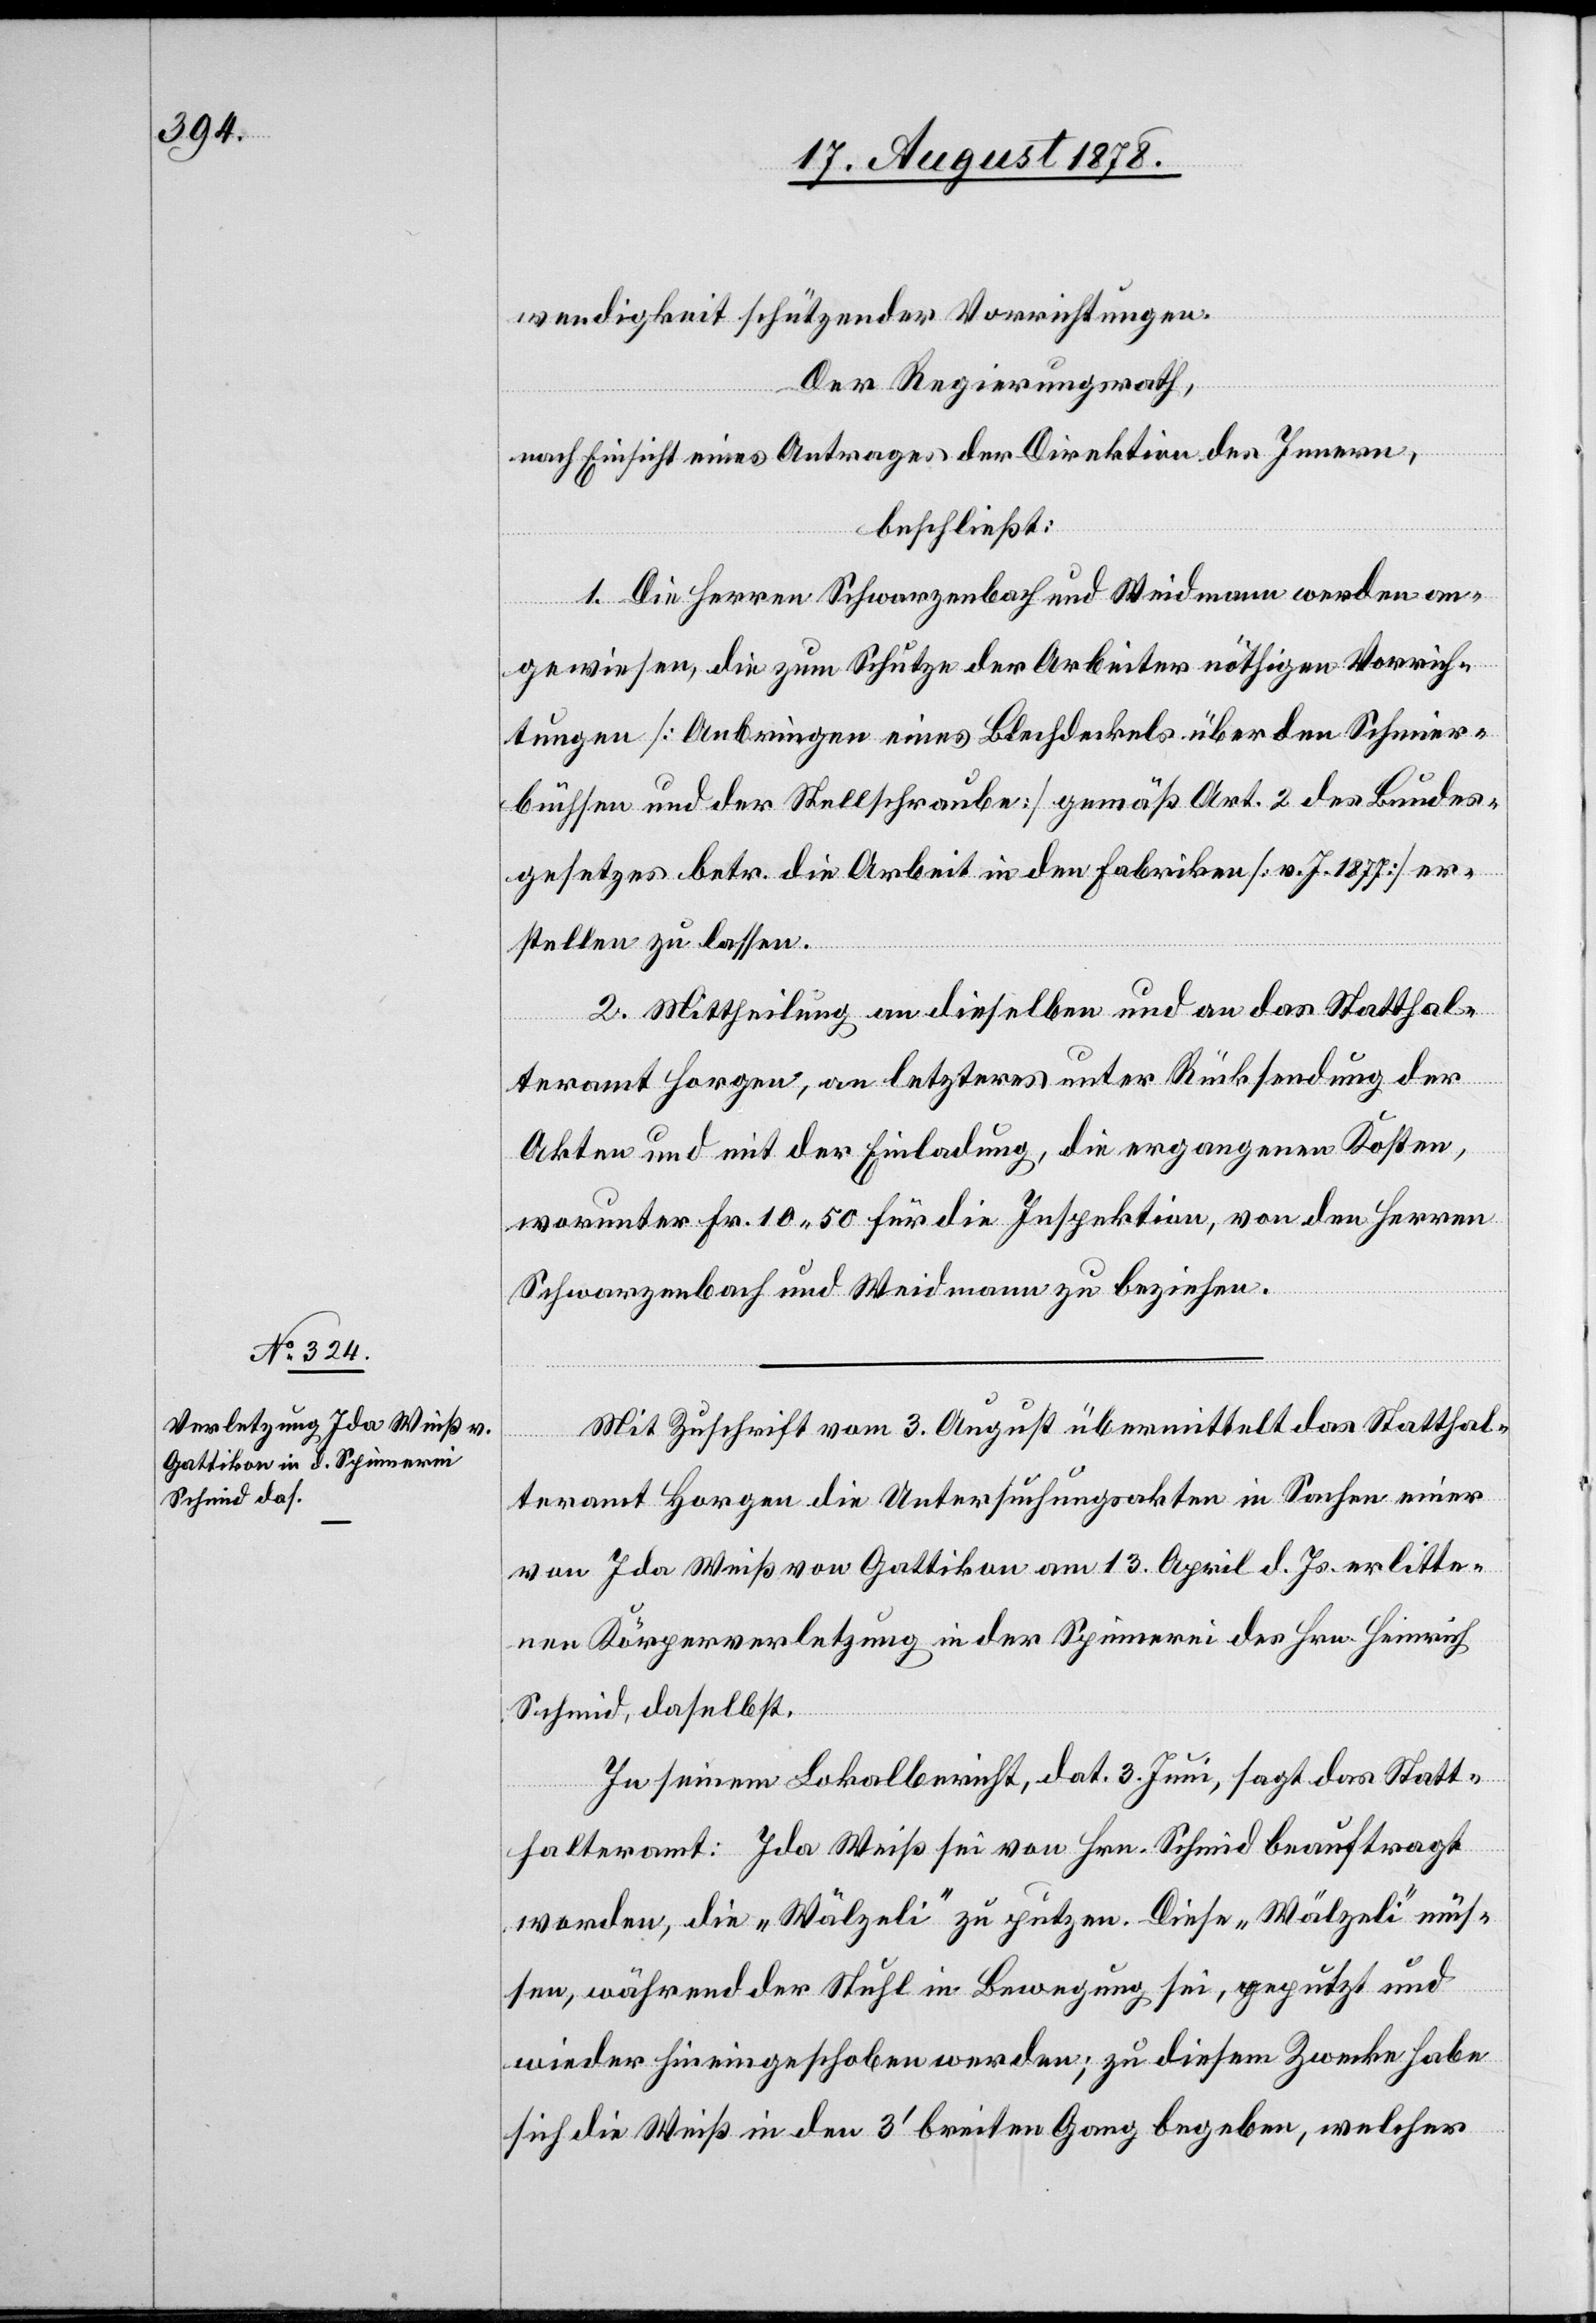
wendigkeit schützender Vorrichtungen.
Der Regierungsrath,
nach Einsicht eines Antrages der Direktion des Innern,
beschließt:
1. Die Herren Schwarzenbach und Weidmann werden an¬
gewiesen, die zum Schutze der Arbeiter nöthigen Vorrich¬
tungen [Anbringen eines Blechdeckels über den Schmier¬
büchsen und der Stellschraube] gemäß Art. 2 des Bundes¬
gesetzes betr. die Arbeit in den Fabriken [v. J. 1877] er¬
stellen zu lassen.
2. Mittheilung an dieselben und an das Statthal¬
teramt Horgen, an letzteres unter Rücksendung der
Akten und mit der Einladung, die ergangenen Kosten,
worunter Fr. 10 50 für die Inspektion, von den Herren
Schwarzenbach und Weidmann zu beziehen.
Mit Zuschrift vom 3. August übermittelt das Statthal¬
teramt Horgen die Untersuchungsakten in Sachen einer
von Ida Weiß von Gattikon am 13. April d. Js. erlitte¬
ne Körperverletzung in der Spinnerei des Hrn. Heinrich
Schmid, daselbst.
In seinem Lokalbericht, dat. 3. Juni, sagt das Statt¬
halteramt: Ida Weiß sei von Hrn. Schmid beauftragt
worden, die „Wälzeli“ zu putzen. Diese „Wälzeli“ müs¬
sen, während der Stuhl in Bewegung sei, geputzt und
wieder hineingeschoben werden; zu diesem Zwecke habe
sich die Weiß in den 3’ breiten Gang begeben, welcher